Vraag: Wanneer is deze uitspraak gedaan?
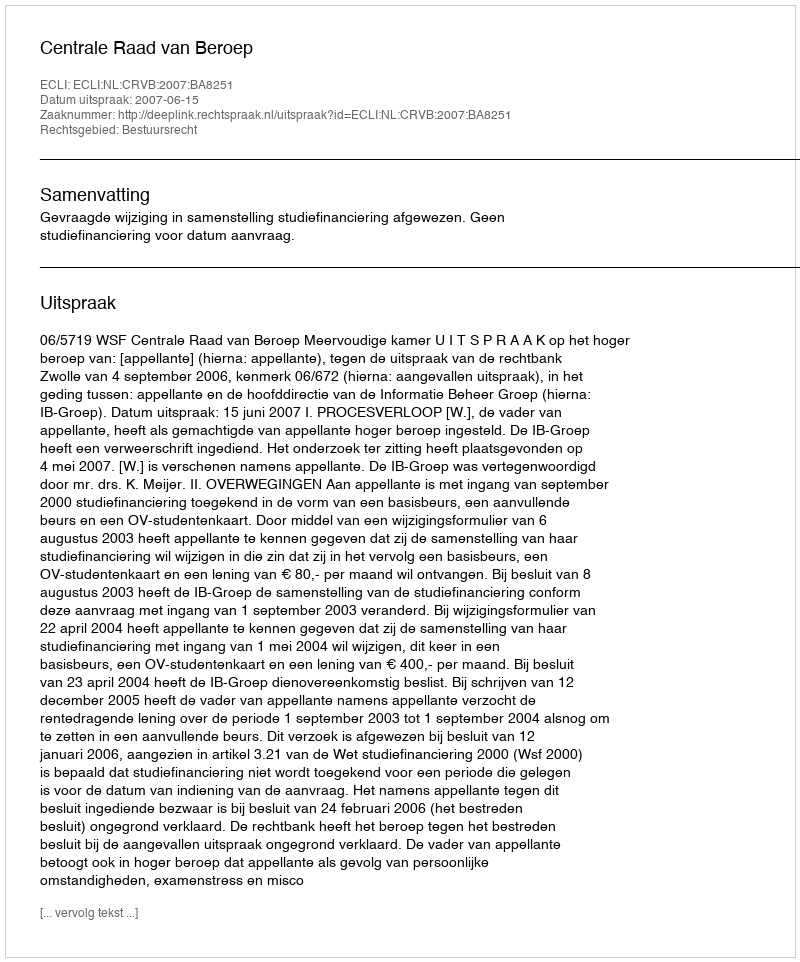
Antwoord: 2007-06-15